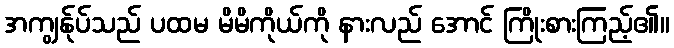
အကျွန်ုပ်သည် ပထမ မိမိကိုယ်ကို နားလည် အောင် ကြိုးစားကြည့်၏။